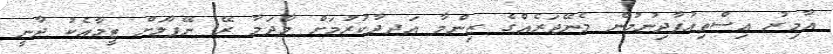
އާމިރު އިސްތިއުފާދިނުމުން މެނޭޖަރެއްގެ ޒިންމާ އަދދާކުރުމަށް މާދަމާ ރޭ ނޭޕާލަށް ޓީމާއެކު ދާނީ